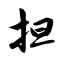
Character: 担